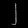
Digit: ၂